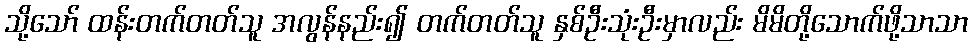
သို့သော် ထန်းတက်တတ်သူ အလွန်နည်း၍ တက်တတ်သူ နှစ်ဦးသုံးဦးမှာလည်း မိမိတို့သောက်ဖို့သာသာ